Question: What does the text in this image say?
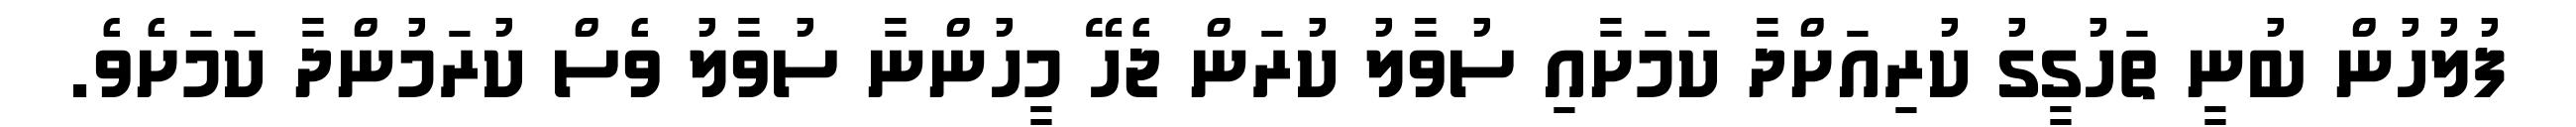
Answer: ފުލުހުން ބުނީ ތަހުގީގު ކުރިއަށްދާ ކަމަށާއި ސުވާލު ކުރަން ޖެހޭ މީހުންނާ ސުވާލު ވެސް ކުރަމުންދާ ކަމަށެވެ.